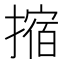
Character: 摍